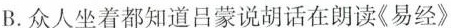
B.众人坐着都知道吕蒙说胡话在朗读《易经》。